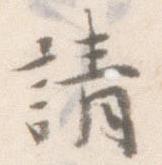
請